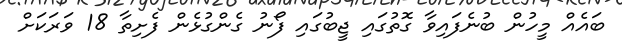
ބައެއް މީހުން ބުނެފައިވާ ގޮތުގައި ޖީބުގައި ފޯނު ގެންގުޅެން ފެށިތާ 18 ވަރަކަށް